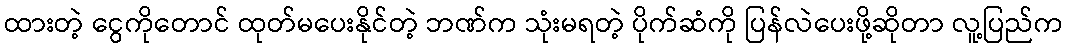
ထားတဲ့ ငွေကိုတောင် ထုတ်မပေးနိုင်တဲ့ ဘဏ်က သုံးမရတဲ့ ပိုက်ဆံကို ပြန်လဲပေးဖို့ဆိုတာ လူ့ပြည်က